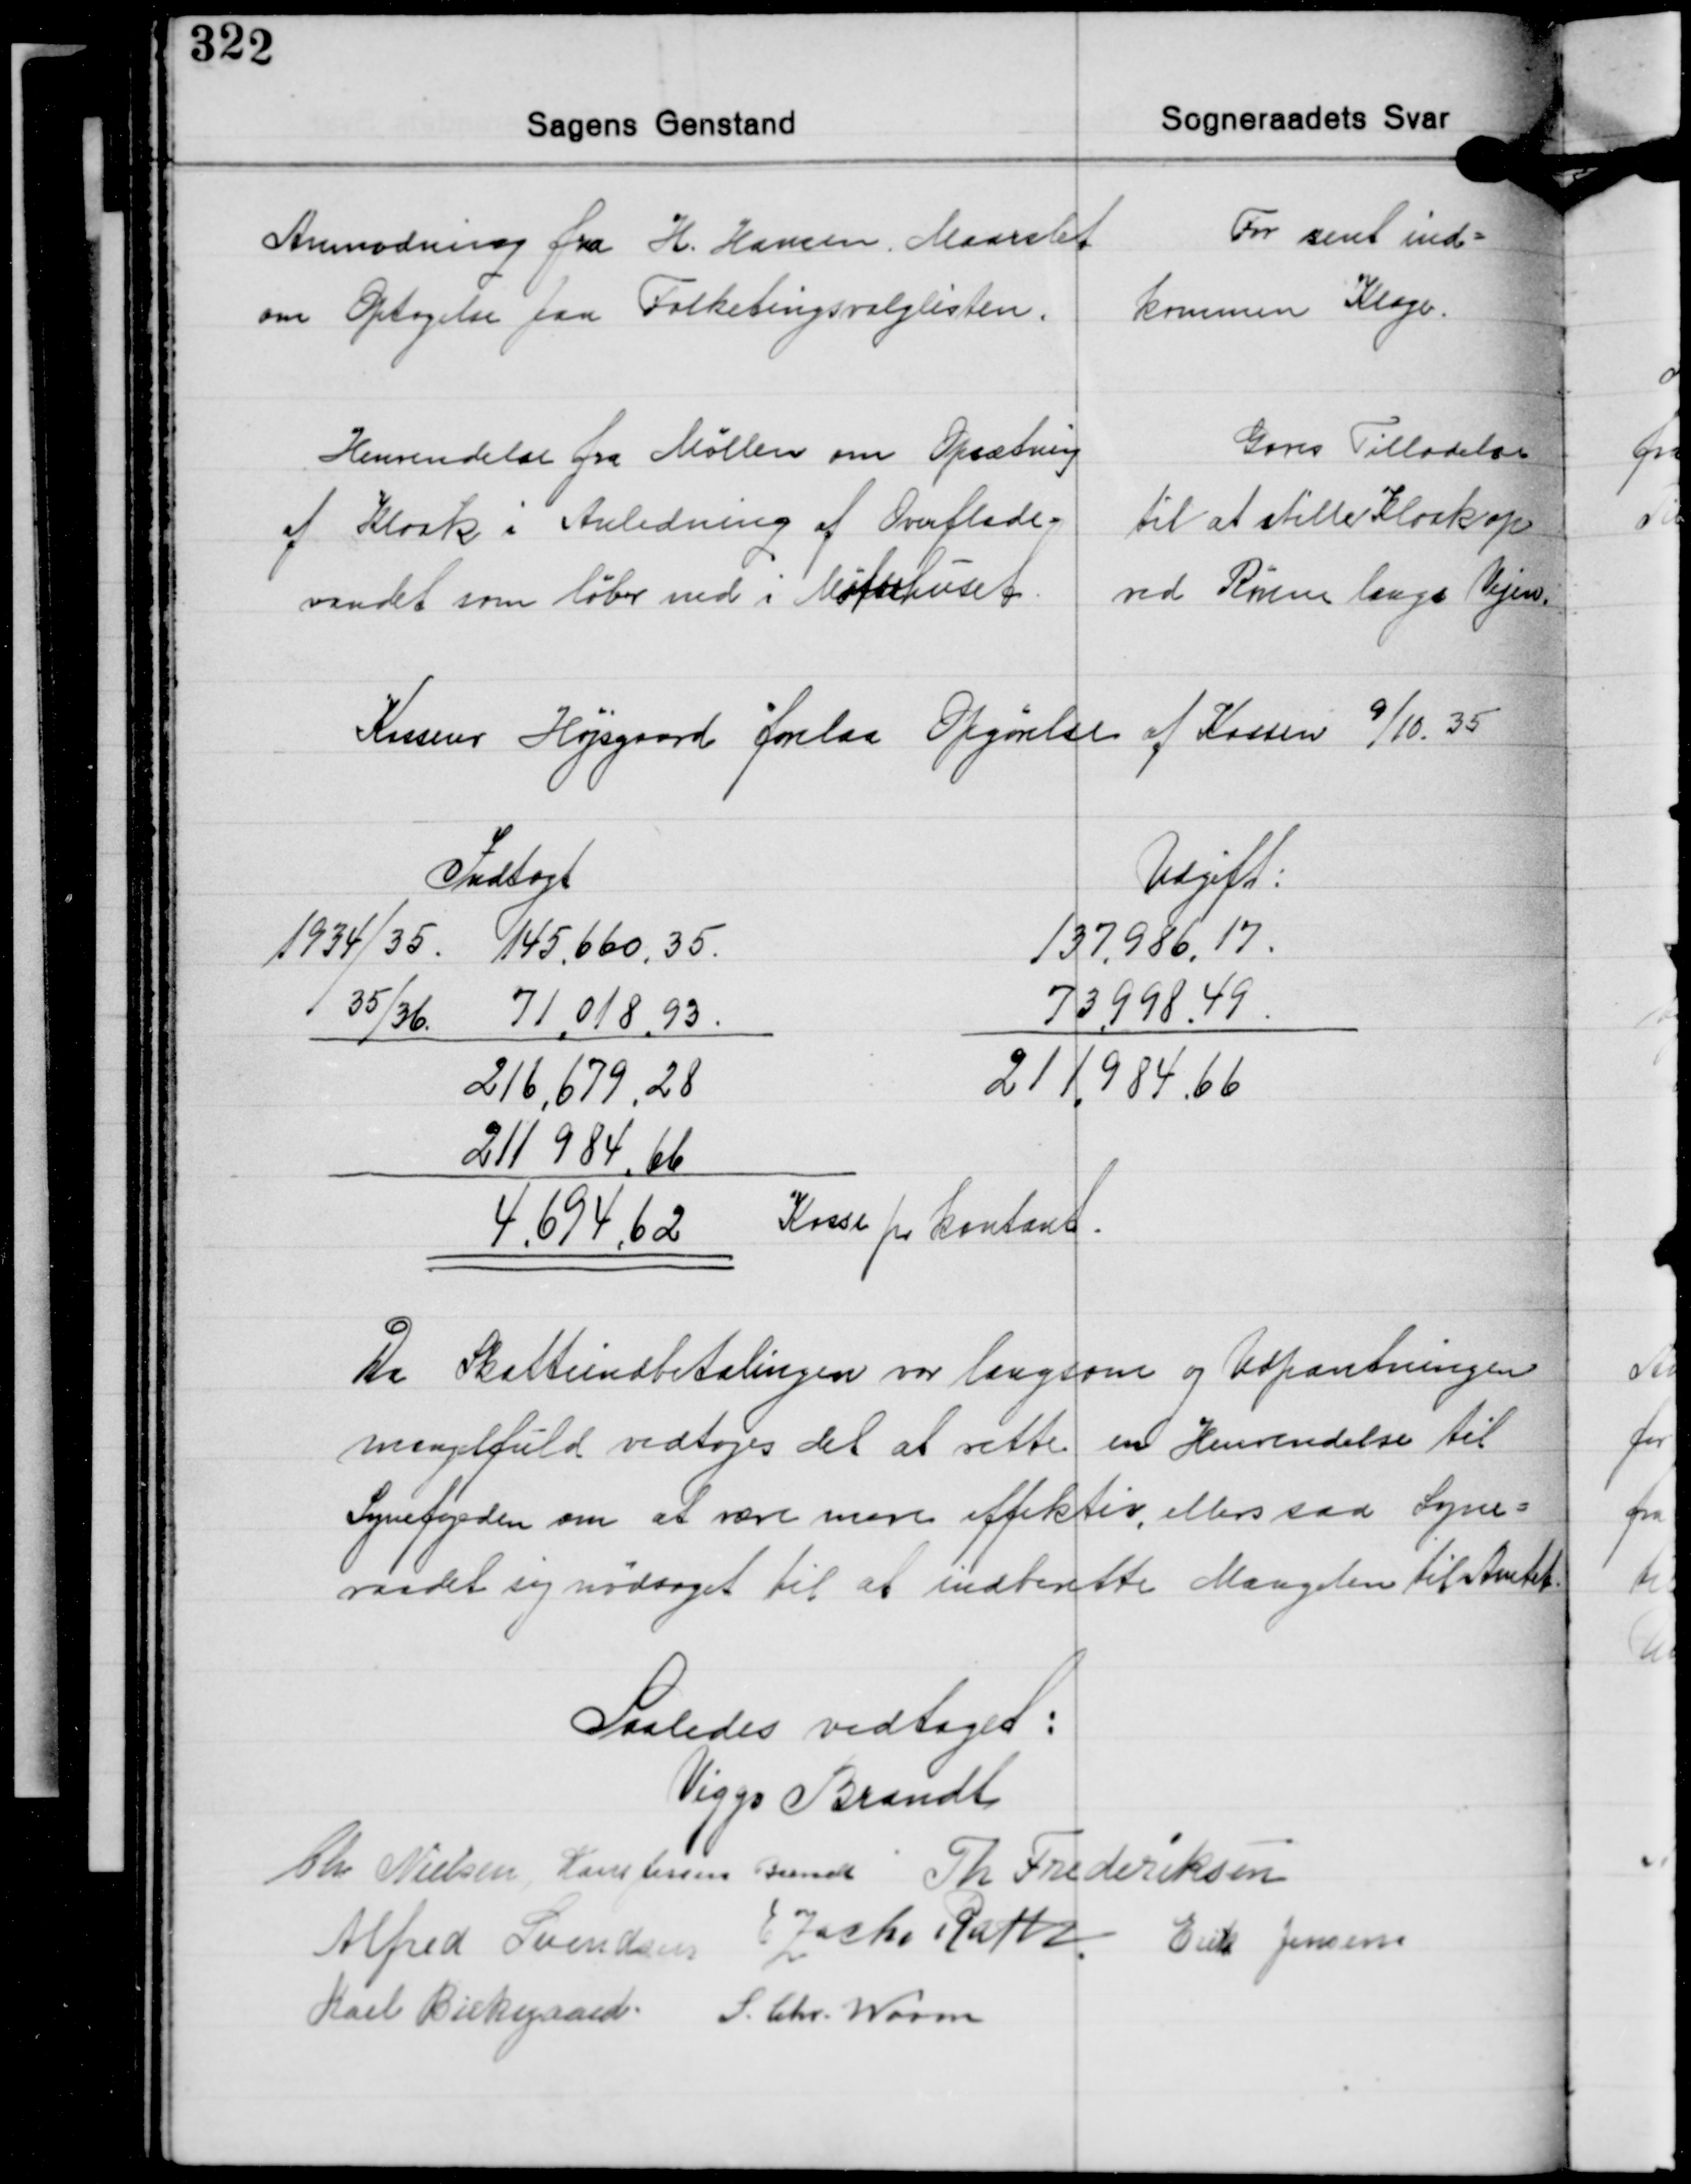
Transskription:
Anmodning fra H. Hansen, Maarslet
om Optagelse paa Folketingsvalglisten.

For sent ind-
kommen Klage.

Henvendelse fra Møllen om Opsætning
af Kloak i Anledning af Overflade-
vandet som løber ned i Møllehuset.

Gaves Tilladelse
til at stille Kloak op
ved Rørene langs Vejen.

Kasserer Højsgaard forelaa Opgørelse af Kassen 9/10. 35

Indtægt
1934/35. 145.660,35.
35/36 71.018,93.
216.679,28
211.984,66
4.674,62

Udgift.
137.986,17.
73.998,49
211.984,66

Kasse pr. Kontant.

Da Skatteindbetalingen var langsom og Udpantningen
mangelfuld vedtoges det at rette en Henvendelse til
Sognefogeden om at være mere effektiv, ellers saa Sogne-
raadet sig nødsaget til at indberette Mangelen til Amtet

Saaledes vedtaget:
Viggo Brandt
Chr. Nielsen Hans Jessen Brandt Th. Frederiksen
Alfred Svendsen E. Zacho Rath Erik Jensen
Karl Birkegaard S. Chr. Worm